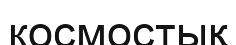
космостық